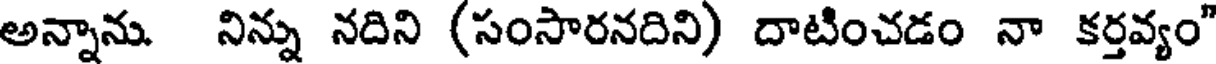
అన్నాను. నిన్ను నదిని (సంసారనదిని) దాటించడం నా కర్తవ్యం"